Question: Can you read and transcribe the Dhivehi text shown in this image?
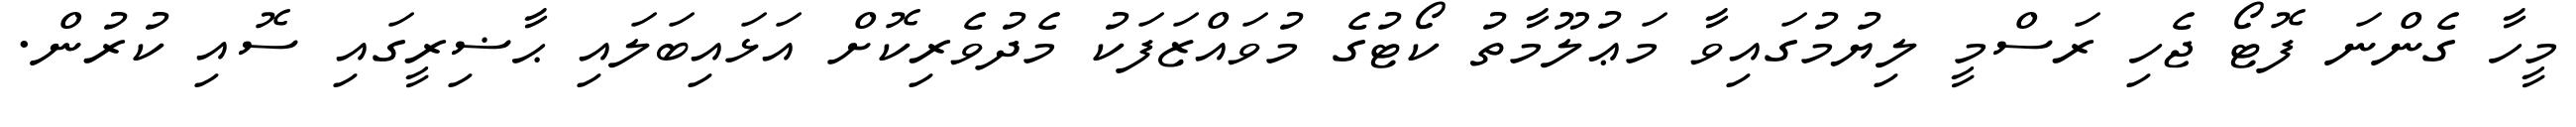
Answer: މީހާ ގެންނަ ފޮޓޯ ޖެހި ރަސްމީ ލިޔުމުގައިވާ މަޢުލޫމާތު ކޯޓުގެ މުވައްޒަފަކު މެދުވެރިކޮށް އަޅައިބަލައި ޙާޟިރީގައި ސޮއި ކުރުން.